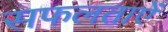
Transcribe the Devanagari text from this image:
सफलताऐं